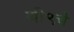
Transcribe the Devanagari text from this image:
बी९चे